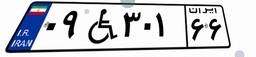
۸۶W۸۲۵۶۵